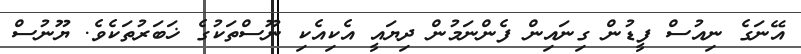
އޭނަގެ ނިއުސް ފީޑުން ގިނައިން ފެންނަމުން ދިޔައީ އެކިއެކި ނޫސްތަކުގެ ޚަބަރުތަކެވެ. ޔޫނުސް